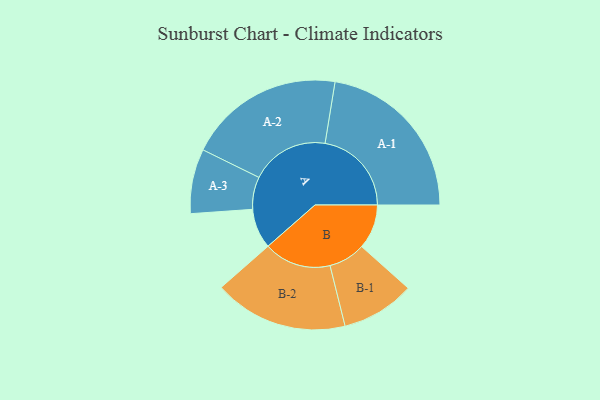
{"axis": {"x": "Segment", "y": "Value"}, "legend": ["", "A", "B"], "data": [{"x": "A", "y": 126, "type": ""}, {"x": "B", "y": 141, "type": ""}, {"x": "A-1", "y": 273, "type": "A"}, {"x": "A-2", "y": 247, "type": "A"}, {"x": "A-3", "y": 102, "type": "A"}, {"x": "B-1", "y": 116, "type": "B"}, {"x": "B-2", "y": 212, "type": "B"}]}